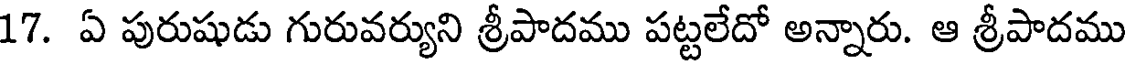
17. ఏ పురుషుడు గురువర్యుని శ్రీపాదము పట్టలేదో అన్నారు. ఆ శ్రీపాదము